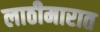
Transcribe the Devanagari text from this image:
लाठीमारात